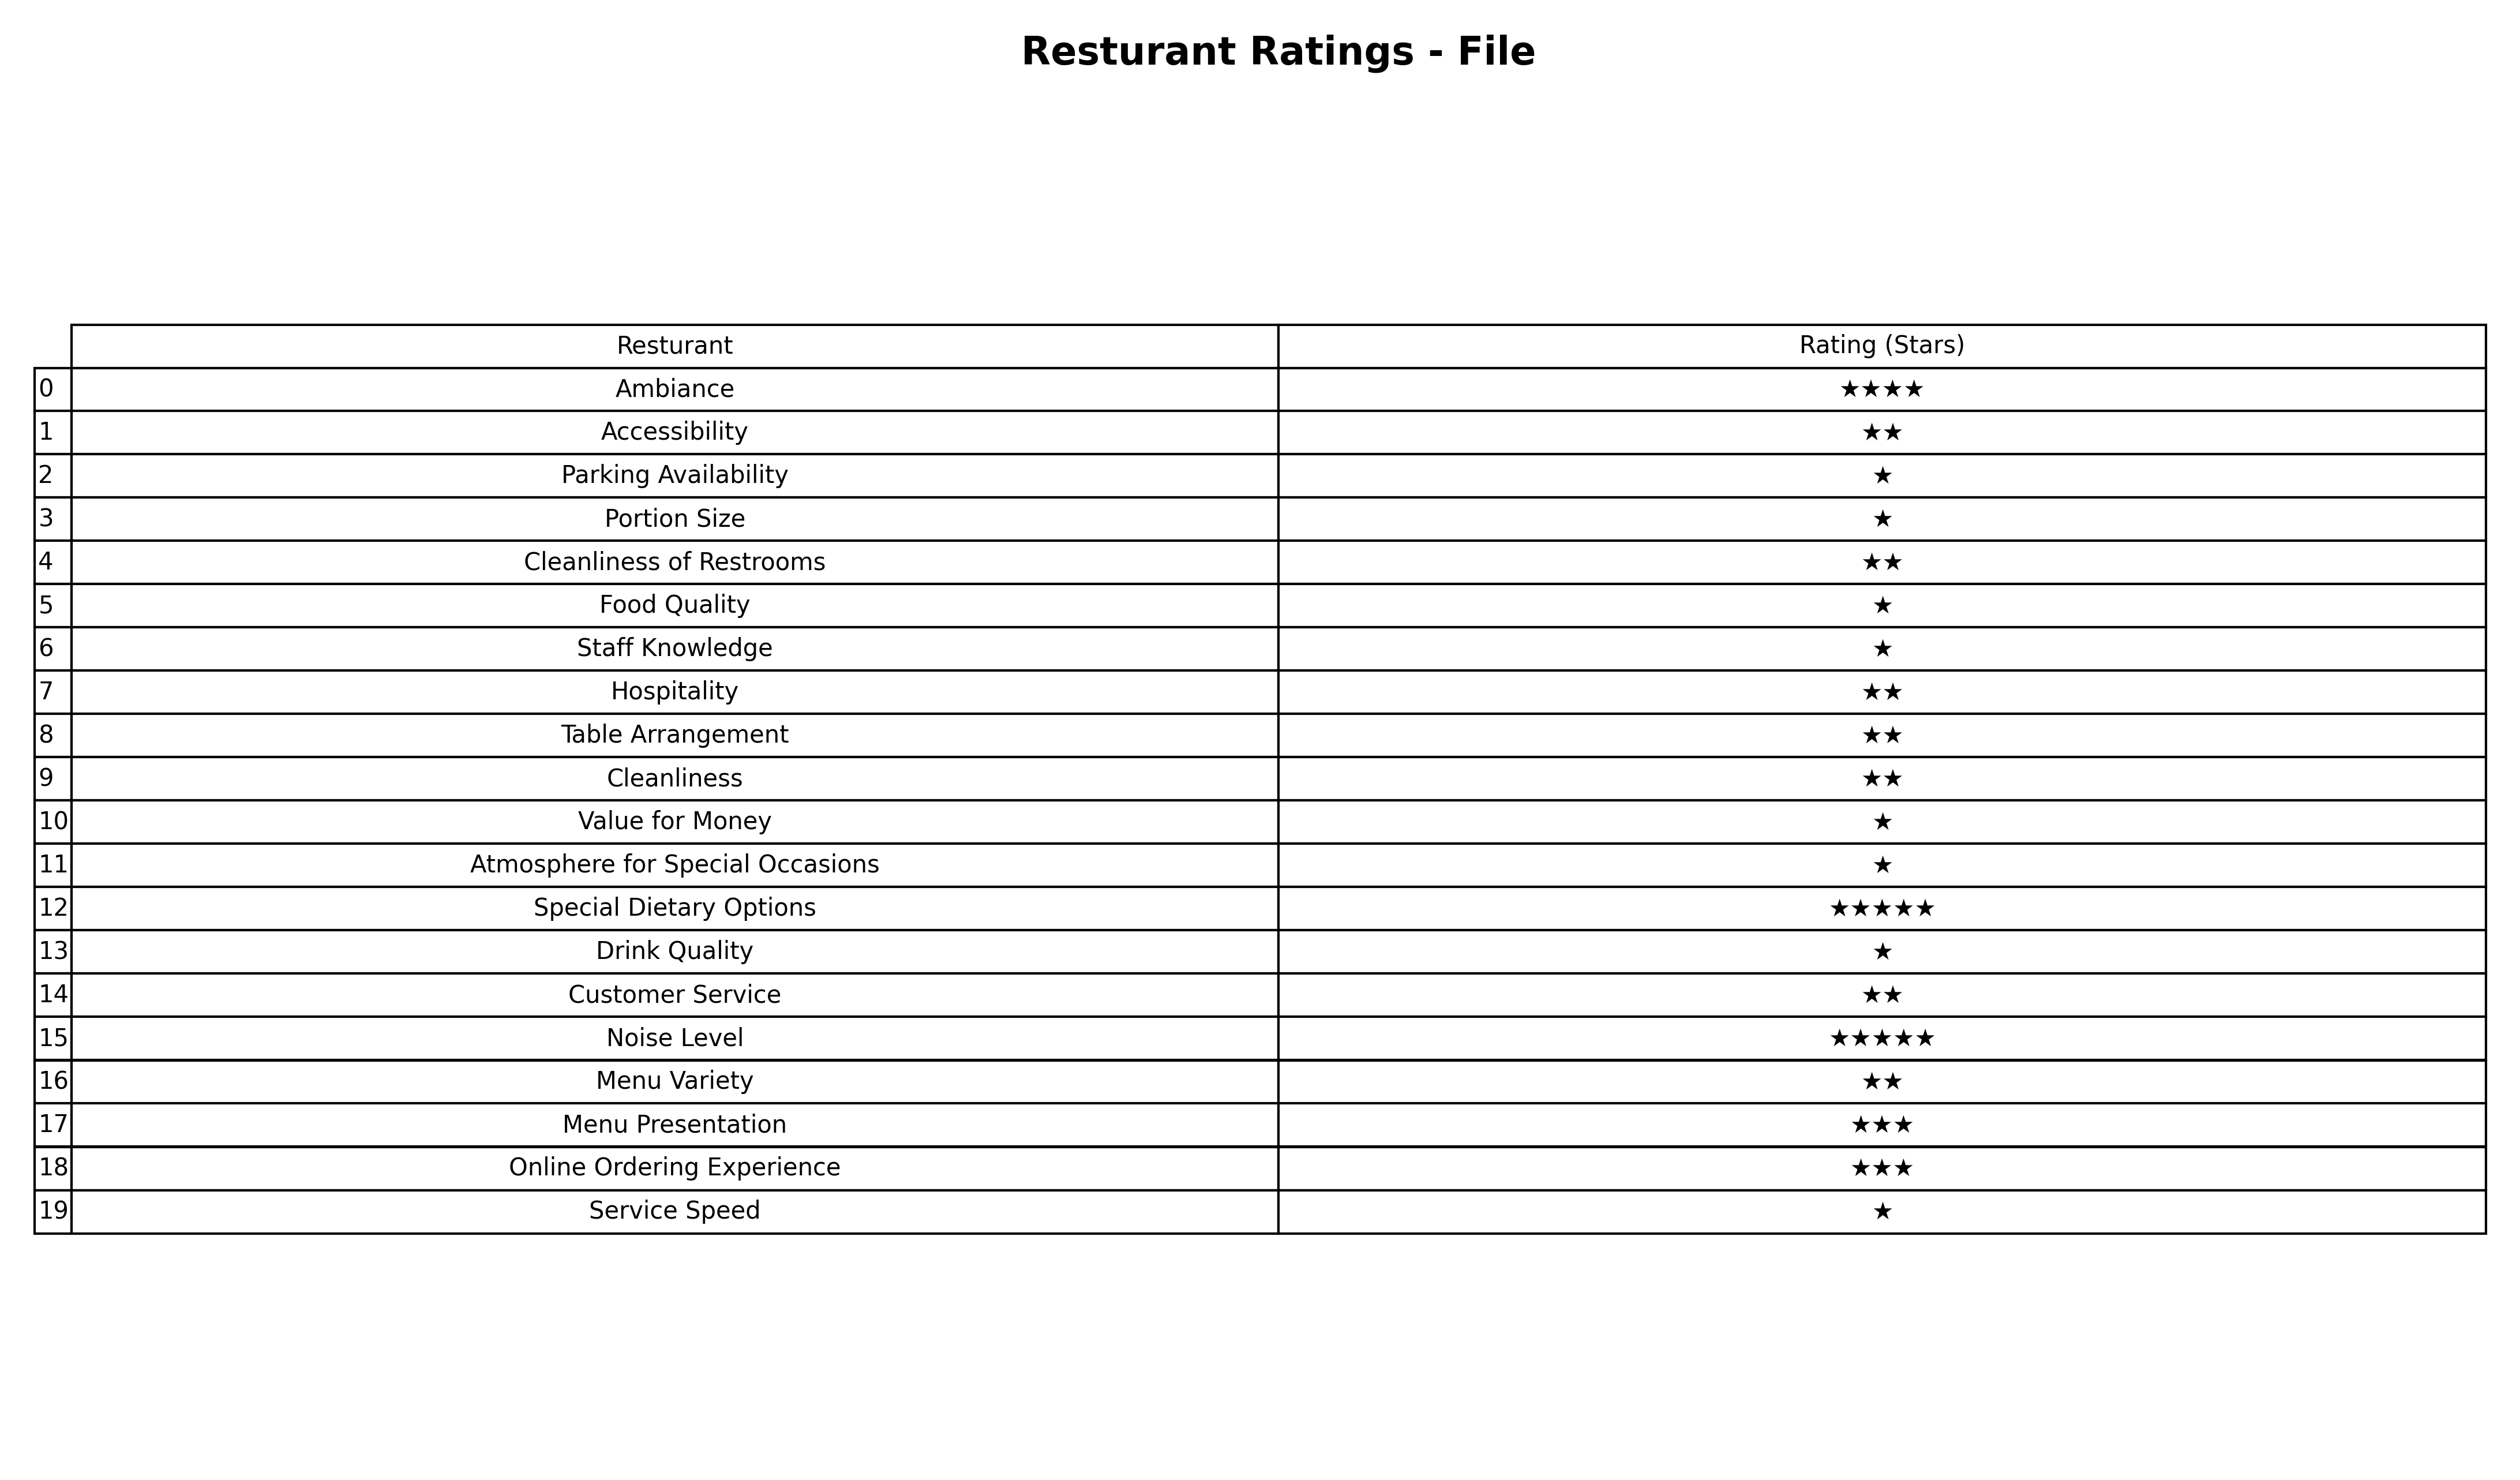
question: What is the rating of Cleanliness?
answer: ★★